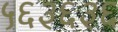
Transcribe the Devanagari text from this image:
५६३६३६